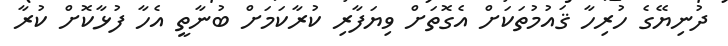
ދުނިޔޭގެ ހުރިހާ ޤައުމުތަކަށް އެގޮތަށް ވިޔަފާރި ކުރާކަމަށް ބުނާތީ އެހާ ފުޅާކޮށް ކުރާ